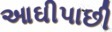
આઘીપાછી